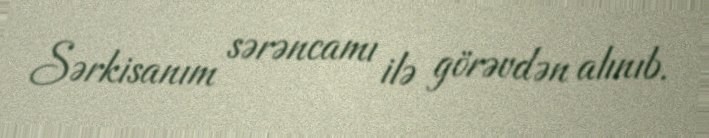
Sərkisanım sərəncamı ilə görəvdən alınıb.